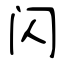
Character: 闪